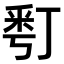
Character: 𠄚